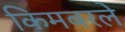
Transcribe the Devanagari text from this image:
किमबरले